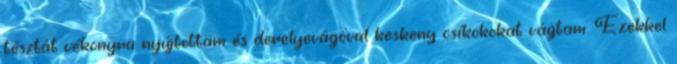
tésztát vékonyra nyújtottam és derelyevágóval keskeny csíkokokat vágtam. Ezekkel